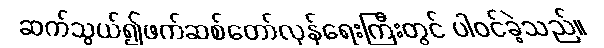
ဆက်သွယ်၍ဖက်ဆစ်တော်လှန်ရေးကြီးတွင် ပါဝင်ခဲ့သည်။